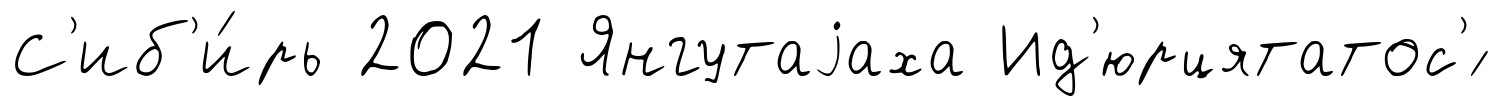
С'иб'и́рь 2021 Янгутаjаха Ид'юрцятатос'́